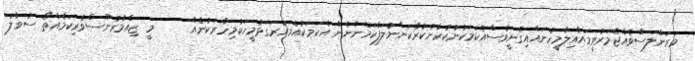
މަރަންލަސްވެއްޖެމަރުވީމައާއިލާމީހުނައްއިގެނީވެސްއެކަމަކުނުކުރާނުކުރާކަންނުލަފާކަމެންނެން އެކަމަކުއެވަރުރަގަޅުމީހަކުމިހާރަކުނެއް      މީ ޒިއްމާރުނޫސްވެރިކަމެއްތޯ ސުވާލު